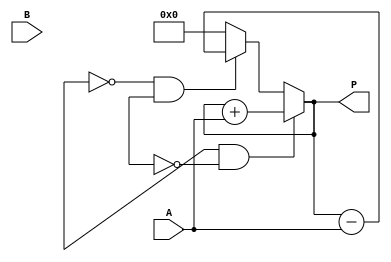
module booth_multiplier(
    input [7:0] A, 
    input [7:0] B, 
    output reg [15:0] P
);

reg [7:0] M, Q;
reg [4:0] i;

always @ (A or B) begin
    P <= 0;
    M <= A;
    Q <= B;

    for(i = 0; i < 8; i=i+1) begin
        if(Q[0] & ~Q[1]) begin
            P <= P + M;
        end else if(~Q[0] & Q[1]) begin
            P <= P - M;
        end

        if(Q[7:1] == 7'b0000001) begin
            Q <= {Q[7], Q[6], Q[5], Q[4], Q[3], Q[2], Q[1], Q[0]};
        end else if(Q[7:1] == 7'b1111111) begin
            Q <= {Q[7], Q[6], Q[5], Q[4], Q[3], Q[2], Q[1], Q[0]};
        end else begin
            Q <= {Q[7], Q[6], Q[5], Q[4], Q[3], Q[2], Q[1], Q[0]};
        end
    end
end

endmodule